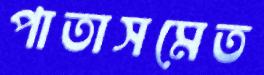
পাতাসমেত